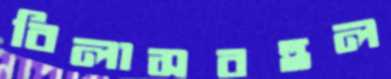
বিলাসবহুল